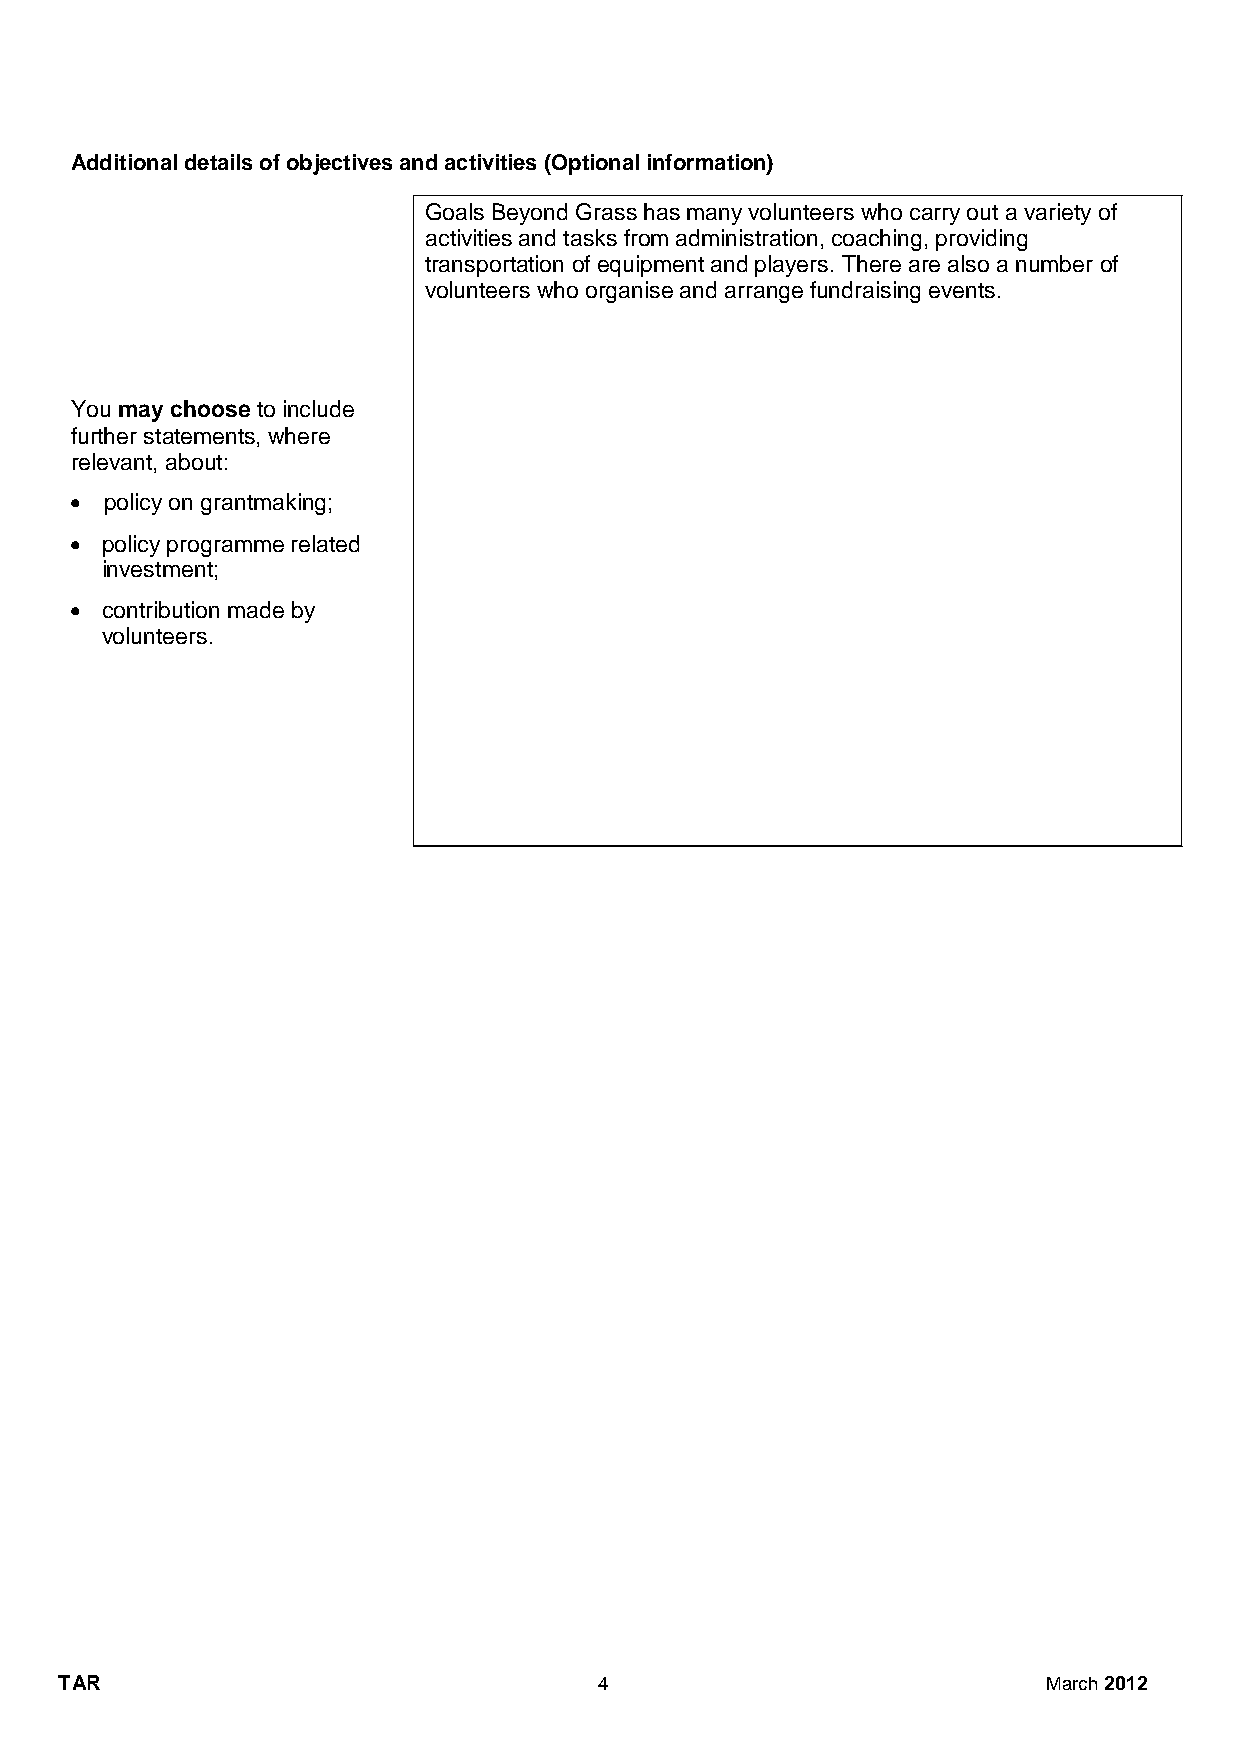
Additional details of objectives and activities (Optional information)
 Goals Beyond Grass has many volunteers who carry out a variety of
 activities and tasks from administration, coaching, providing
 transportation of equipment and players. There are also a number of
 volunteers who organise and arrange fundraising events.
 You may choose to include
 further statements, where
 relevant, about:
  policy on grantmaking;
 
  policy programme related
 investment;
 
  contribution made by
 volunteers.
 TAR                                 4                            March 2012